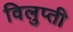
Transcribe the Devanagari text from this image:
विलुप्ती